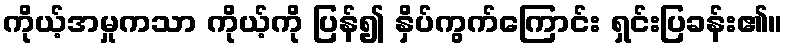
ကိုယ့်အမှုကသာ ကိုယ့်ကို ပြန်၍ နှိပ်ကွက်ကြောင်း ရှင်းပြခန်း၏။